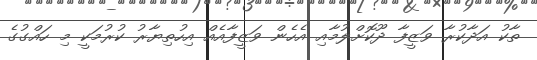
ތާކު އަދާކުރާ ވަޒީފާ ދޫކޮށްލުމާއި އެހެން ވަޒީފާއެއް އިހުތިޔާރު ކުރުމަކީ މި ހައްގުގެ